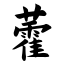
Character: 藿